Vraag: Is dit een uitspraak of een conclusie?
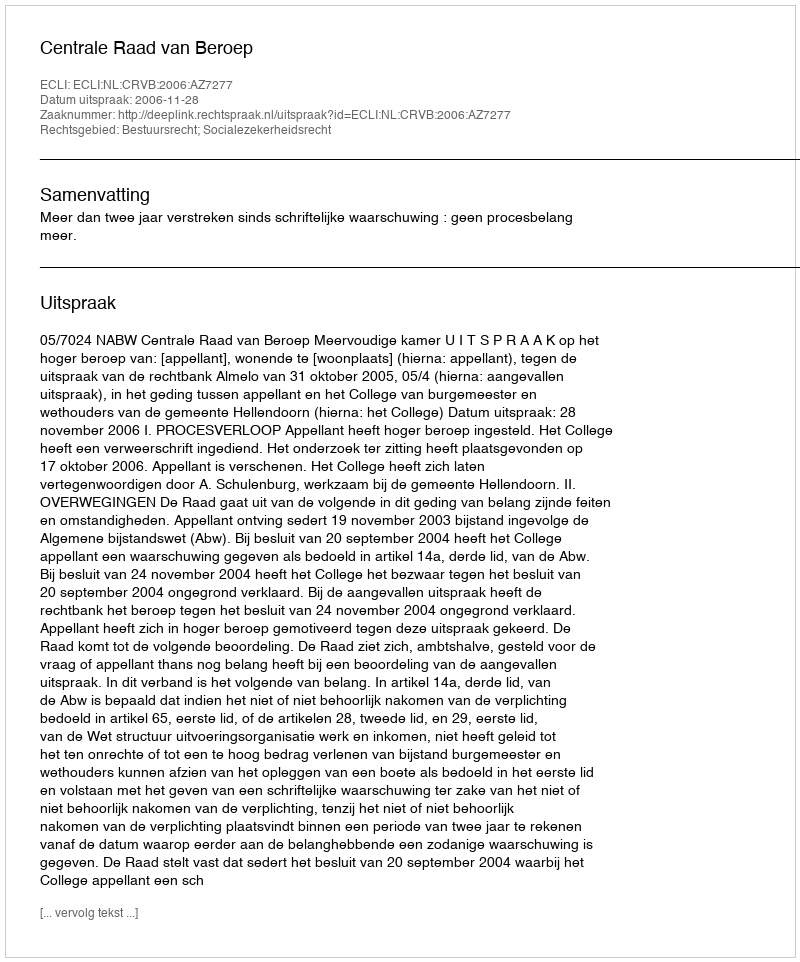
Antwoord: Uitspraak